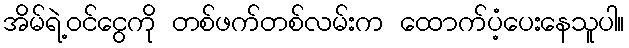
အိမ်ရဲ့ဝင်ငွေကို တစ်ဖက်တစ်လမ်းက ထောက်ပံ့ပေးနေသူပါ။